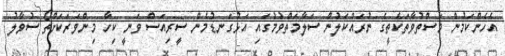
އެހެންކަމުން މަސްތުވާތަކެތީގެ ނުރައްކަލުން ސަލާމަތްވުމުގައި އަޅުގަނޑުމެން ސީރިއަސް ވަނީ ކިހާ މިންވަރަކަށްތޯ ސުވާލު